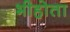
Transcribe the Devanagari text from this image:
भीहोता